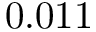
0 . 0 1 1